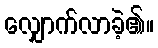
လျှောက်လာခဲ့၏။